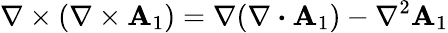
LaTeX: \nabla\times(\nabla\times\textbf{A}_{1})=\nabla(\nabla\boldsymbol{\cdot}\textbf{A}_{1})-\nabla^{2}\textbf{A}_{1}